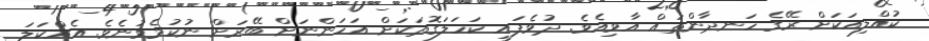
ކުއްލިއަކަށް ރޭގެ ހަނދާންތައް އާވިއެވެ. ދުވެފައި ކަހަލަގޮތަކަށް އަހަންނަށް ބޭރަށް ނުކުމެވުނެވެ. އެއްކަލަ